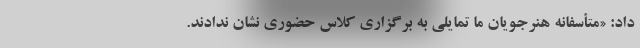
داد: «متأسفانه هنرجویان ما تمایلی به برگزاری کلاس حضوری نشان ندادند.